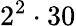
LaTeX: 2^{2}\cdot 30